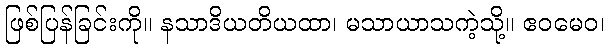
ဖြစ်ပြန်ခြင်းကို။ နသာဒိယတိယထာ၊ မသာယာသကဲ့သို့။ ဧဝမေဝ၊